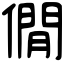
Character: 僩